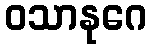
ဝသာနုဂေ